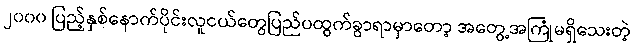
၂၀၀၀ ပြည့်နှစ်နောက်ပိုင်းလူငယ်တွေပြည်ပထွက်ခွာရာမှာတော့ အတွေ့အကြုံမရှိသေးတဲ့